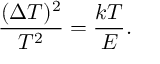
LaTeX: \frac { ( \Delta T ) ^ { 2 } } { T ^ { 2 } } = \frac { k T } { E } .